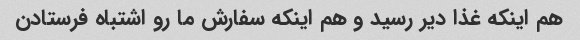
هم اینکه غذا دیر رسید و هم اینکه سفارش ما رو اشتباه فرستادن